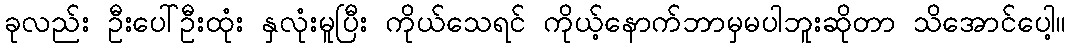
ခုလည်း ဦးပေါ်ဦးထုံး နှလုံးမူပြီး ကိုယ်သေရင် ကိုယ့်နောက်ဘာမှမပါဘူးဆိုတာ သိအောင်ပေါ့။